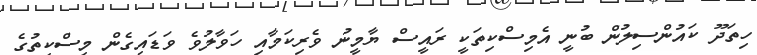
ހިތަދޫ ކައުންސިލުން ބުނީ އެމިސްކިތަކީ ރައީސް ޔާމީނު ވެރިކަމާއި ހަވާލުވެ ވަޑައިގެން މިސްކިތުގެ